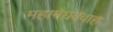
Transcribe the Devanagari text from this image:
महामेघववाह